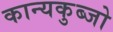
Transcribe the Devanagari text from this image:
कान्यकुब्जो